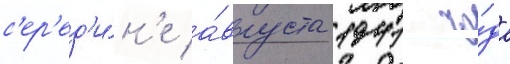
с'ер'ед'и́н'е а́вгуста 1941 го́да